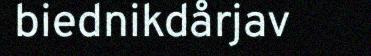
biednikdårjav